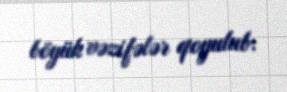
böyük vəzifələr qoyulub.